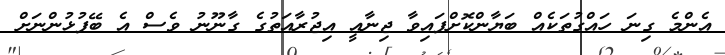
އެންމެ ގިނަ ހައްގުތަކެއް ބަޔާންކޮށްފައިވާ ޖިނާއީ އިޖުރާއަތުގެ ގާނޫނު ވެސް އެ ބޭފުޅުންނަށް